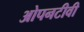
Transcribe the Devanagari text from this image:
ओपनटीवी